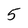
Character: 5